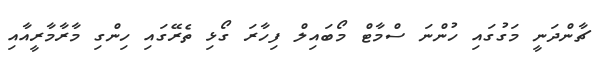
ޗާންދަނީ މަގުގައި ހުންނަ ސްމާޓް މޯބައިލް ފިހާރަ ގޯޅި ތެރޭގައި ހިންގި މާރާމާރީއާއި